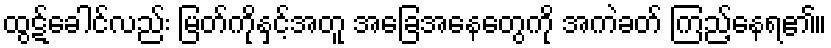
ထွဋ်ခေါင်လည်း မြတ်ကိုနှင့်အတူ အခြေအနေတွေကို အကဲခတ် ကြည့်နေရ၏။